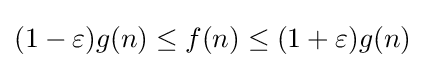
(1-\varepsilon )g(n)\leq f(n)\leq (1+\varepsilon )g(n)